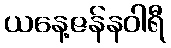
ယနေ့ဇန်နဝါရီ